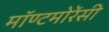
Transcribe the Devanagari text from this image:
मॉण्टमोरेंसी